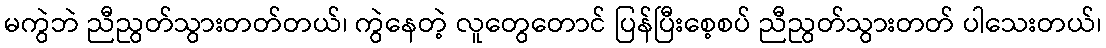
မကွဲဘဲ ညီညွတ်သွားတတ်တယ်၊ ကွဲနေတဲ့ လူတွေတောင် ပြန်ပြီးစေ့စပ် ညီညွတ်သွားတတ် ပါသေးတယ်၊